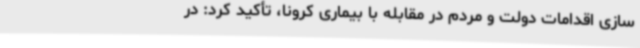
سازی اقدامات دولت و مردم در مقابله با بیماری کرونا، تأکید کرد: در